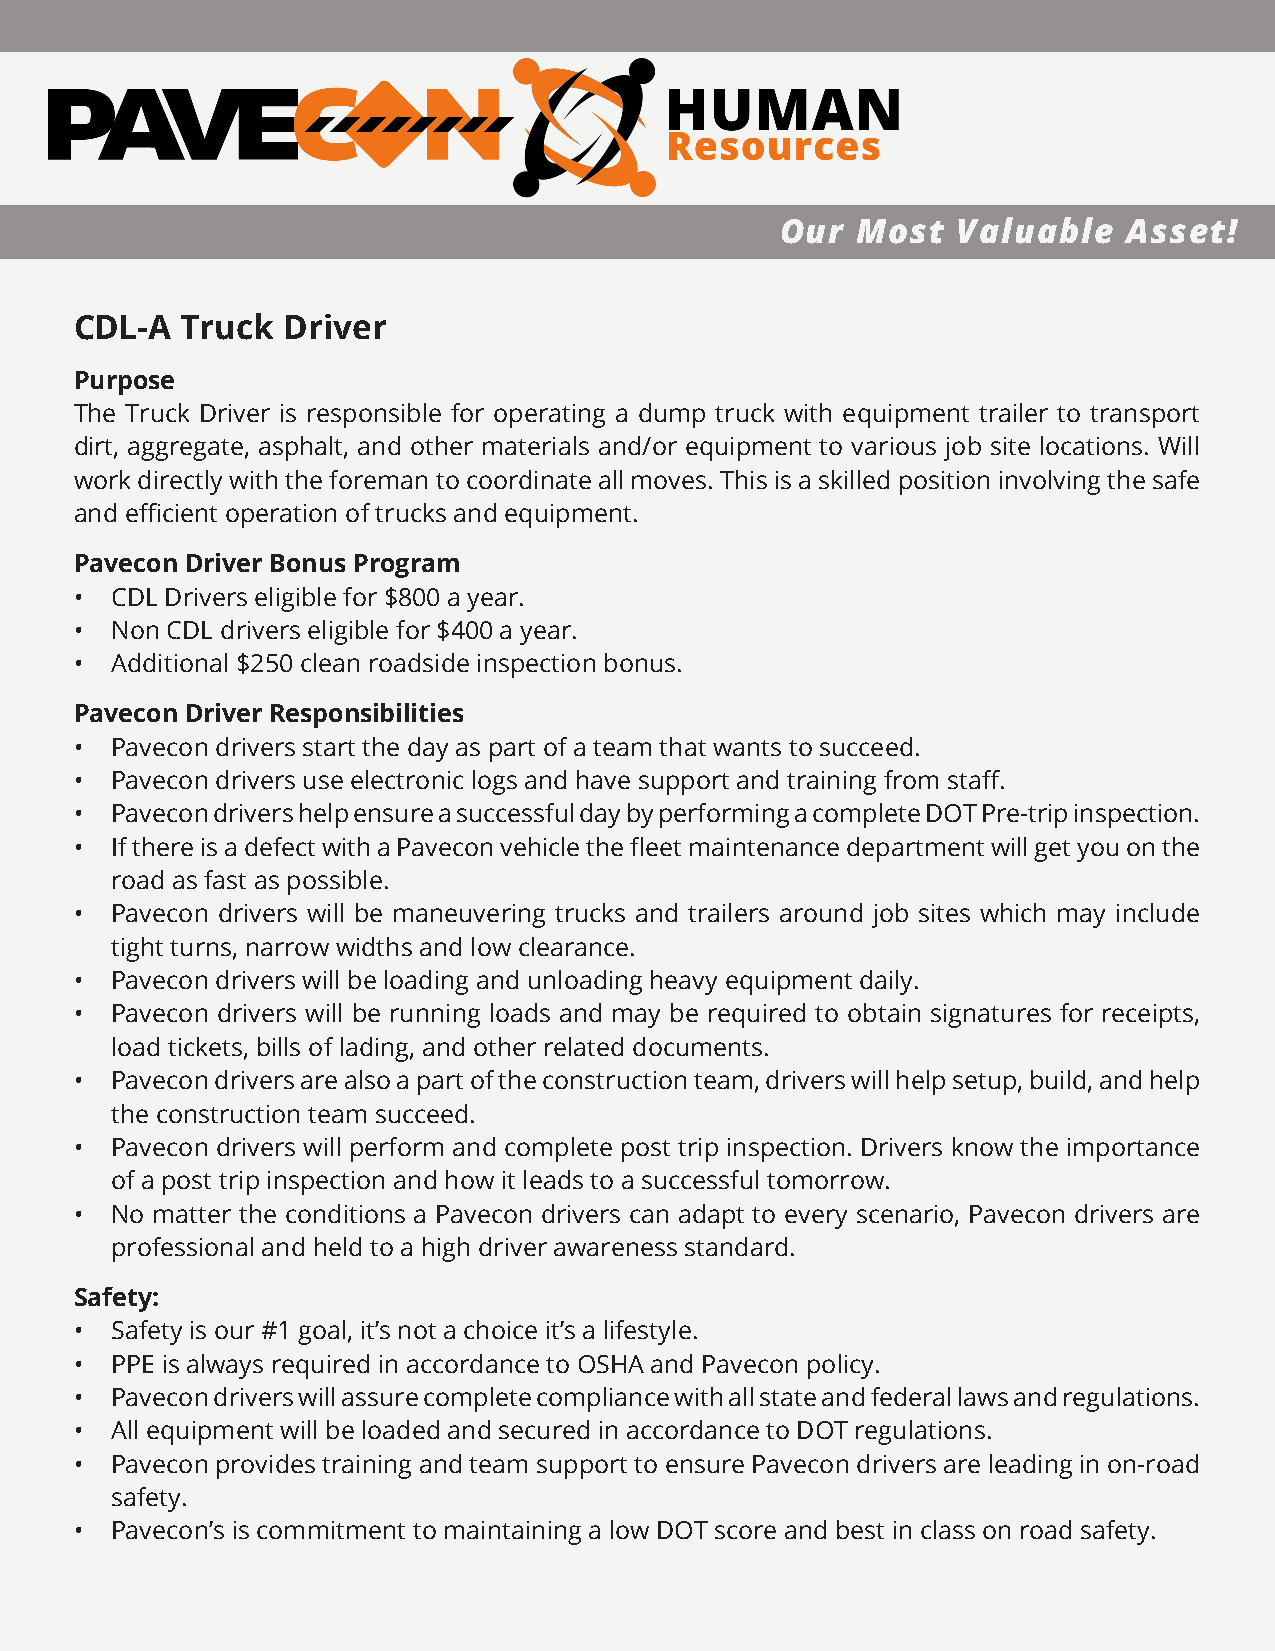
Our  Most  Valuable    Asset!
 CDL-A  Truck  Driver
 Purpose
 The Truck Driver is responsible for operating a dump truck with equipment trailer to transport
 dirt, aggregate, asphalt, and other materials and/or equipment to various job site locations. Will
 work directly with the foreman to coordinate all moves. This is a skilled position involving the safe
 and efficient operation of trucks and equipment.
 Pavecon Driver Bonus Program
 • CDL Drivers eligible for $800 a year.
 • Non CDL drivers eligible for $400 a year.
 • Additional $250 clean roadside inspection bonus.
 Pavecon Driver Responsibilities
 • Pavecon drivers start the day as part of a team that wants to succeed.
 • Pavecon drivers use electronic logs and have support and training from staff.
 • Pavecon drivers help ensure a successful day by performing a complete DOT Pre-trip inspection.
 • If there is a defect with a Pavecon vehicle the fleet maintenance department will get you on the
 road as fast as possible.
 • Pavecon drivers will be maneuvering trucks and trailers around job sites which may include
 tight turns, narrow widths and low clearance.
 • Pavecon drivers will be loading and unloading heavy equipment daily.
 • Pavecon drivers will be running loads and may be required to obtain signatures for receipts,
 load tickets, bills of lading, and other related documents.
 • Pavecon drivers are also a part of the construction team, drivers will help setup, build, and help
 the construction team succeed.
 • Pavecon drivers will perform and complete post trip inspection. Drivers know the importance
 of a post trip inspection and how it leads to a successful tomorrow.
 • No matter the conditions a Pavecon drivers can adapt to every scenario, Pavecon drivers are
 professional and held to a high driver awareness standard.
 Safety:
 • Safety is our #1 goal, it’s not a choice it’s a lifestyle.
 • PPE is always required in accordance to OSHA and Pavecon policy.
 • Pavecon drivers will assure complete compliance with all state and federal laws and regulations.
 • All equipment will be loaded and secured in accordance to DOT regulations.
 • Pavecon provides training and team support to ensure Pavecon drivers are leading in on-road
 safety.
 • Pavecon’s is commitment to maintaining a low DOT score and best in class on road safety.